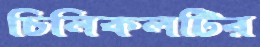
চিনিকলটির